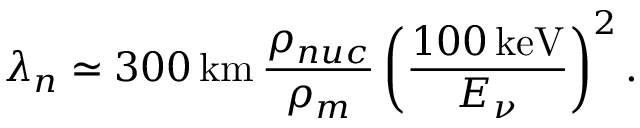
\lambda _ { n } \simeq 3 0 0 \, \mathrm { k m } \, \frac { \rho _ { n u c } } { \rho _ { m } } \left( \frac { 1 0 0 \, \mathrm { k e V } } { E _ { \nu } } \right) ^ { 2 } .